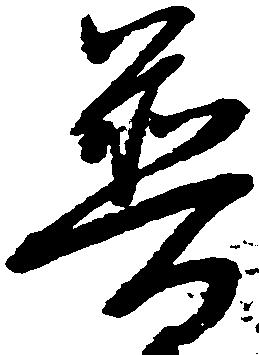
普